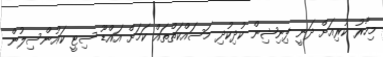
މިހާރު ކުރިއަށް ދަނީ ފިނިޝިން ކުދިކުދި މަސައްކަތްތައް ކަމަށް އައްޑޫ ސިޓީ ކައުންސިލުން